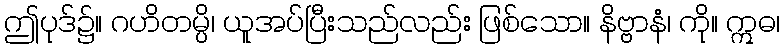
ဤပုဒ်၌။ ဂဟိတမ္ပိ၊ ယူအပ်ပြီးသည်လည်း ဖြစ်သော။ နိဗ္ဗာနံ၊ ကို။ ဣဓ၊